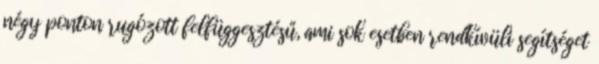
négy ponton rugózott felfüggesztésű, ami sok esetben rendkívüli segítséget